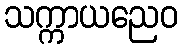
သက္ကာယညေဝ